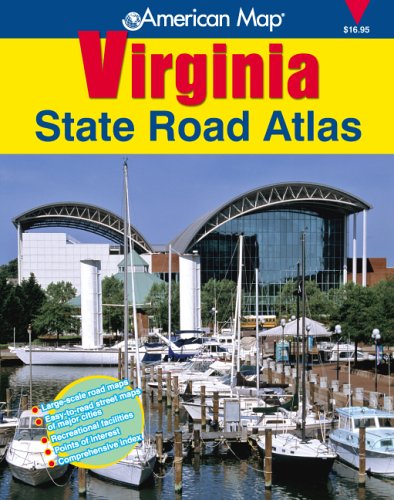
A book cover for American Map Virginia State Road Atlas (American Map Regional Atlas: Virginia State Road); Travel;